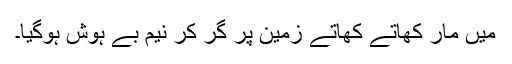
میں مار کھاتے کھاتے زمین پر گر کر نیم بے ہوش ہوگیا۔